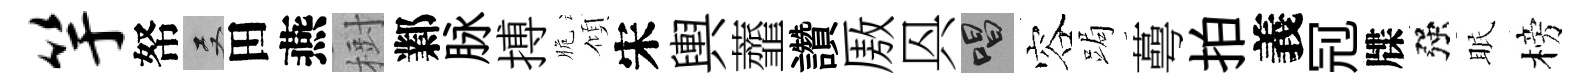
竽帑双田燕𣗳鄴脉搏脆傾宋輿虀讚厫㒷唱容跼蕚拍義𠜍牒强眠榜